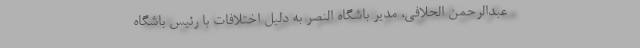
عبدالرحمن الحلافی، مدیر باشگاه النصر به دلیل اختلافات با رئیس باشگاه